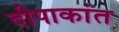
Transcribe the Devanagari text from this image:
दीपाकांत